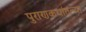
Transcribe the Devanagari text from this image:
पुराणकथांतल्या